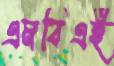
এমবিএই